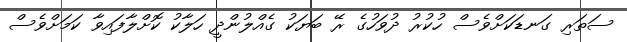
ސަތަރި ގަނޑަކަށްވެސް ހުކުރު ދުވަހުގެ ރޭ ބަޔަކު ގެއްލުންދީ ހަލާކު ކޮށްލާފައިވާ ކަމަށްވެސް